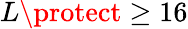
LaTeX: L\protect\geq 16